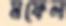
মফেল